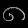
Digit: ၈